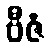
ဗီဇံ